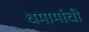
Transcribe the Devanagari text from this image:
धमार्माची